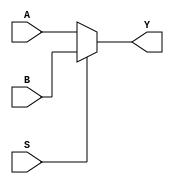
module mux_2to1 (
   input wire A,
   input wire B,
   input wire S,
   output reg Y
);

always @ (A, B, S)
begin
   if (S == 0)
      Y = A;
   else
      Y = B;
end

endmodule